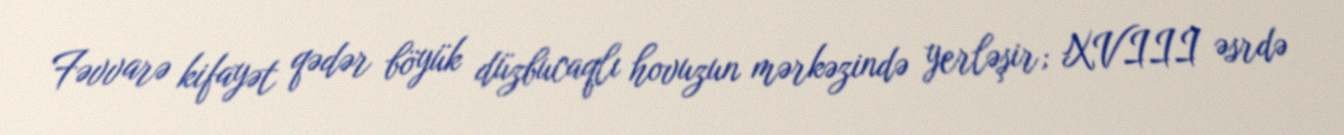
Fəvvarə kifayət qədər böyük düzbucaqlı hovuzun mərkəzində yerləşir; XVIII əsrdə